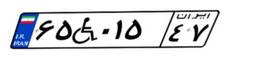
۶۵W۰۱۵۴۷